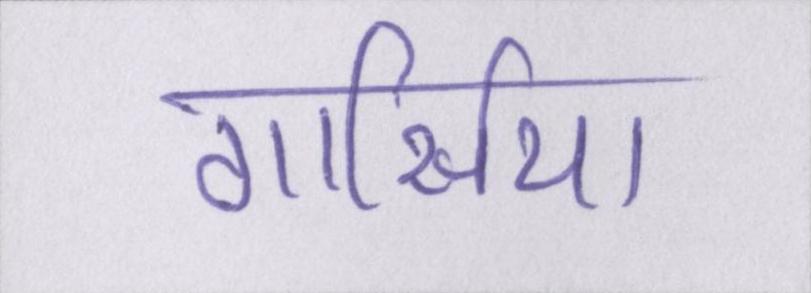
गार्सिया